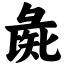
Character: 彘